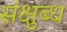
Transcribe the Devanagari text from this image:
संक्षुब्ध